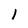
Character: 1